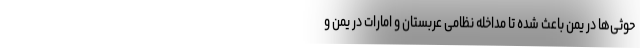
حوثی‌ها در یمن باعث شده تا مداخله نظامی عربستان و امارات در یمن و